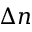
\Delta { } n